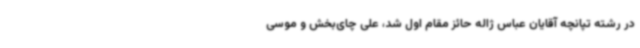
در رشته تپانچه آقایان عباس ژاله حائز مقام اول شد، علی چای‌بخش و موسی